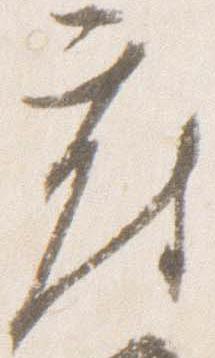
府